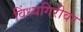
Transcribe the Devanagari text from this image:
विंध्यगिरीवर